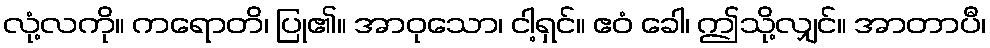
လုံ့လကို။ ကရောတိ၊ ပြု၏။ အာဝုသော၊ ငါ့ရှင်။ ဧဝံ ခေါ၊ ဤသို့လျှင်။ အာတာပီ၊